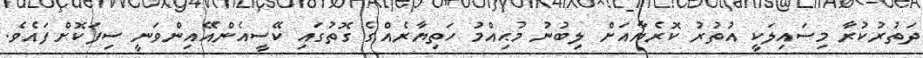
ދަތުރުކުރާ މިސައިލަކީ އުތުރު ކޮރެޔާއަށް ލިބުނު މުޙިއްމު ހަތިޔާރެއްގެ ގޮތުގައި ކޭސީއެންއޭއިންވަނީ ސިފަކޮށްފައެވެ.